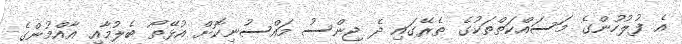
އެ ފުލުހުންގެ މަސައްކަތްތަކުގެ ތެރޭގައި ދެ ޖިންސު މައްސުނިކޮށް އުޅޭތޯ ބެލުމާއި އާއްމުންގެ